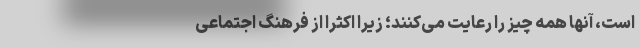
است، آنها همه چیز را رعایت می‌کنند؛ زیرا اکثراً از فرهنگ اجتماعی